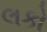
લકો